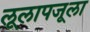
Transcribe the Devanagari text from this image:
लूलापजूला